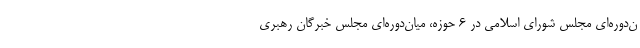
ن‌دوره‌ای مجلس شورای اسلامی در ۶ حوزه، میان‌دوره‌ای مجلس خبرگان رهبری